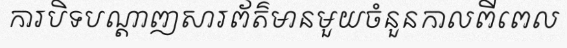
ការបិទបណ្តាញសារព័ត៌មានមួយចំនួនកាលពីពេល